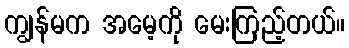
ကျွန်မက အမေ့ကို မေးကြည့်တယ်။